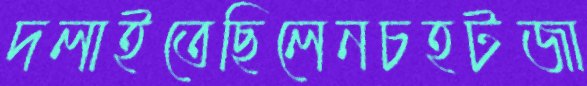
দলাইতেছিলেনচহটজা